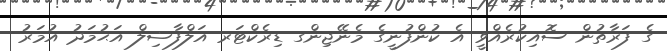
ގެ ފަރާތުން ސޮއިކުރެއްވީ އެ ކުންފުނީގެ މެނޭޖިންގ ޑިރެކްޓަރ އަލްފާޟިލް އަޙުމަދު އުމަރު